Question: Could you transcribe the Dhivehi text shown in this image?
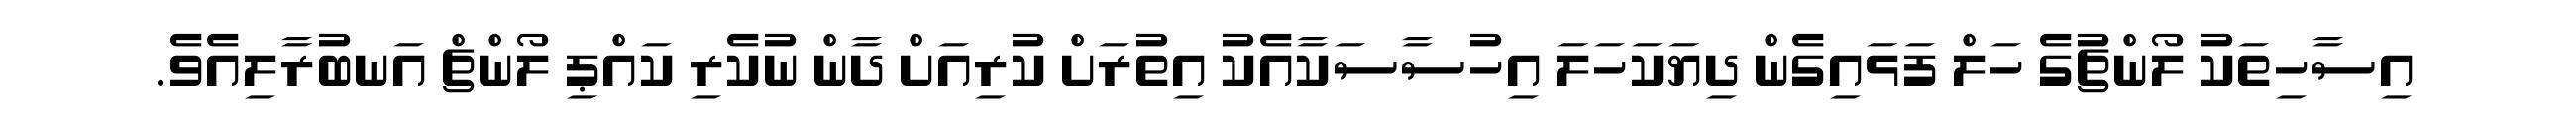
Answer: އިސާހިތަކު ލޯންޗުގެ ހަލް ފަޅައިގެން ދިޔަކަހަލަ އިހުސާސަކާއެކު އިތުރަށް ކުރިއަށް ދާން ނުކެރި ކައްޕި ލޯންޗް އަނބުރާލިއެވެ.